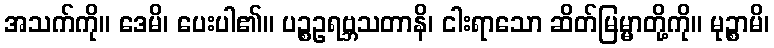
အသက်ကို။ ဒေမိ၊ ပေးပါ၏။ ပဉ္စဥရဗ္ဘသတာနိ၊ ငါးရာသော ဆိတ်မြမ္မာတို့ကို။ မုဉ္စာမိ၊